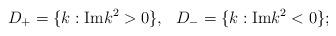
LaTeX: \begin{align*}D_+=\{ k: {\rm Im} k^2>0\}, \ \ D_-=\{ k: {\rm Im} k^2<0\};\end{align*}